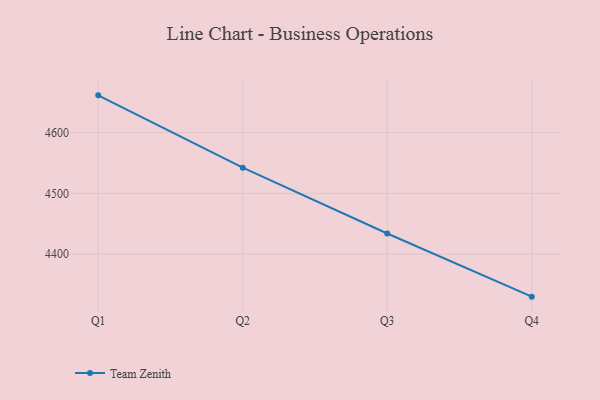
{"axis": {"x": "Quarter", "y": "Operating Costs (USD K)"}, "legend": ["Team Zenith"], "data": [{"x": "Q1", "y": 4661.4, "type": "Team Zenith"}, {"x": "Q2", "y": 4542.3, "type": "Team Zenith"}, {"x": "Q3", "y": 4434.0, "type": "Team Zenith"}, {"x": "Q4", "y": 4330.0, "type": "Team Zenith"}]}